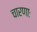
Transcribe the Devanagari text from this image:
चारणाः